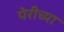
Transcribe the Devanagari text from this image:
पेरीच्या